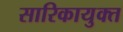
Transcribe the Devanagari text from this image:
सारिकायुक्त